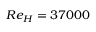
R e _ { H } = 3 7 0 0 0